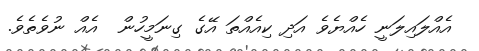
އެއްލައިލަނީ ހެއްޔެވެ އަދި ކިއެއްތަ އޭގެ ގިނަމީހުން  އެއް ނުވެތެވެ.